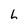
Character: l